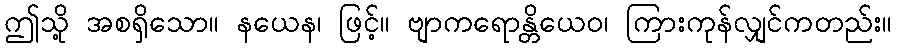
ဤသို့ အစရှိသော။ နယေန၊ ဖြင့်။ ဗျာကရောန္တိယေဝ၊ ကြားကုန်လျှင်ကတည်း။